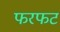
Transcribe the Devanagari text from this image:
फरफट